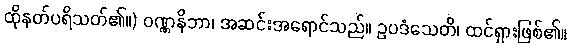
ထိုနတ်ပရိသတ်၏။) ဝဏ္ဏနိဘာ၊ အဆင်းအရောင်သည်။ ဥပဒံသေတိ၊ ထင်ရှားဖြစ်၏။